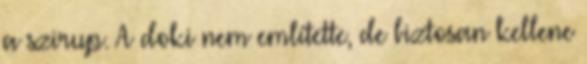
a szirup. A doki nem említette, de biztosan kellene